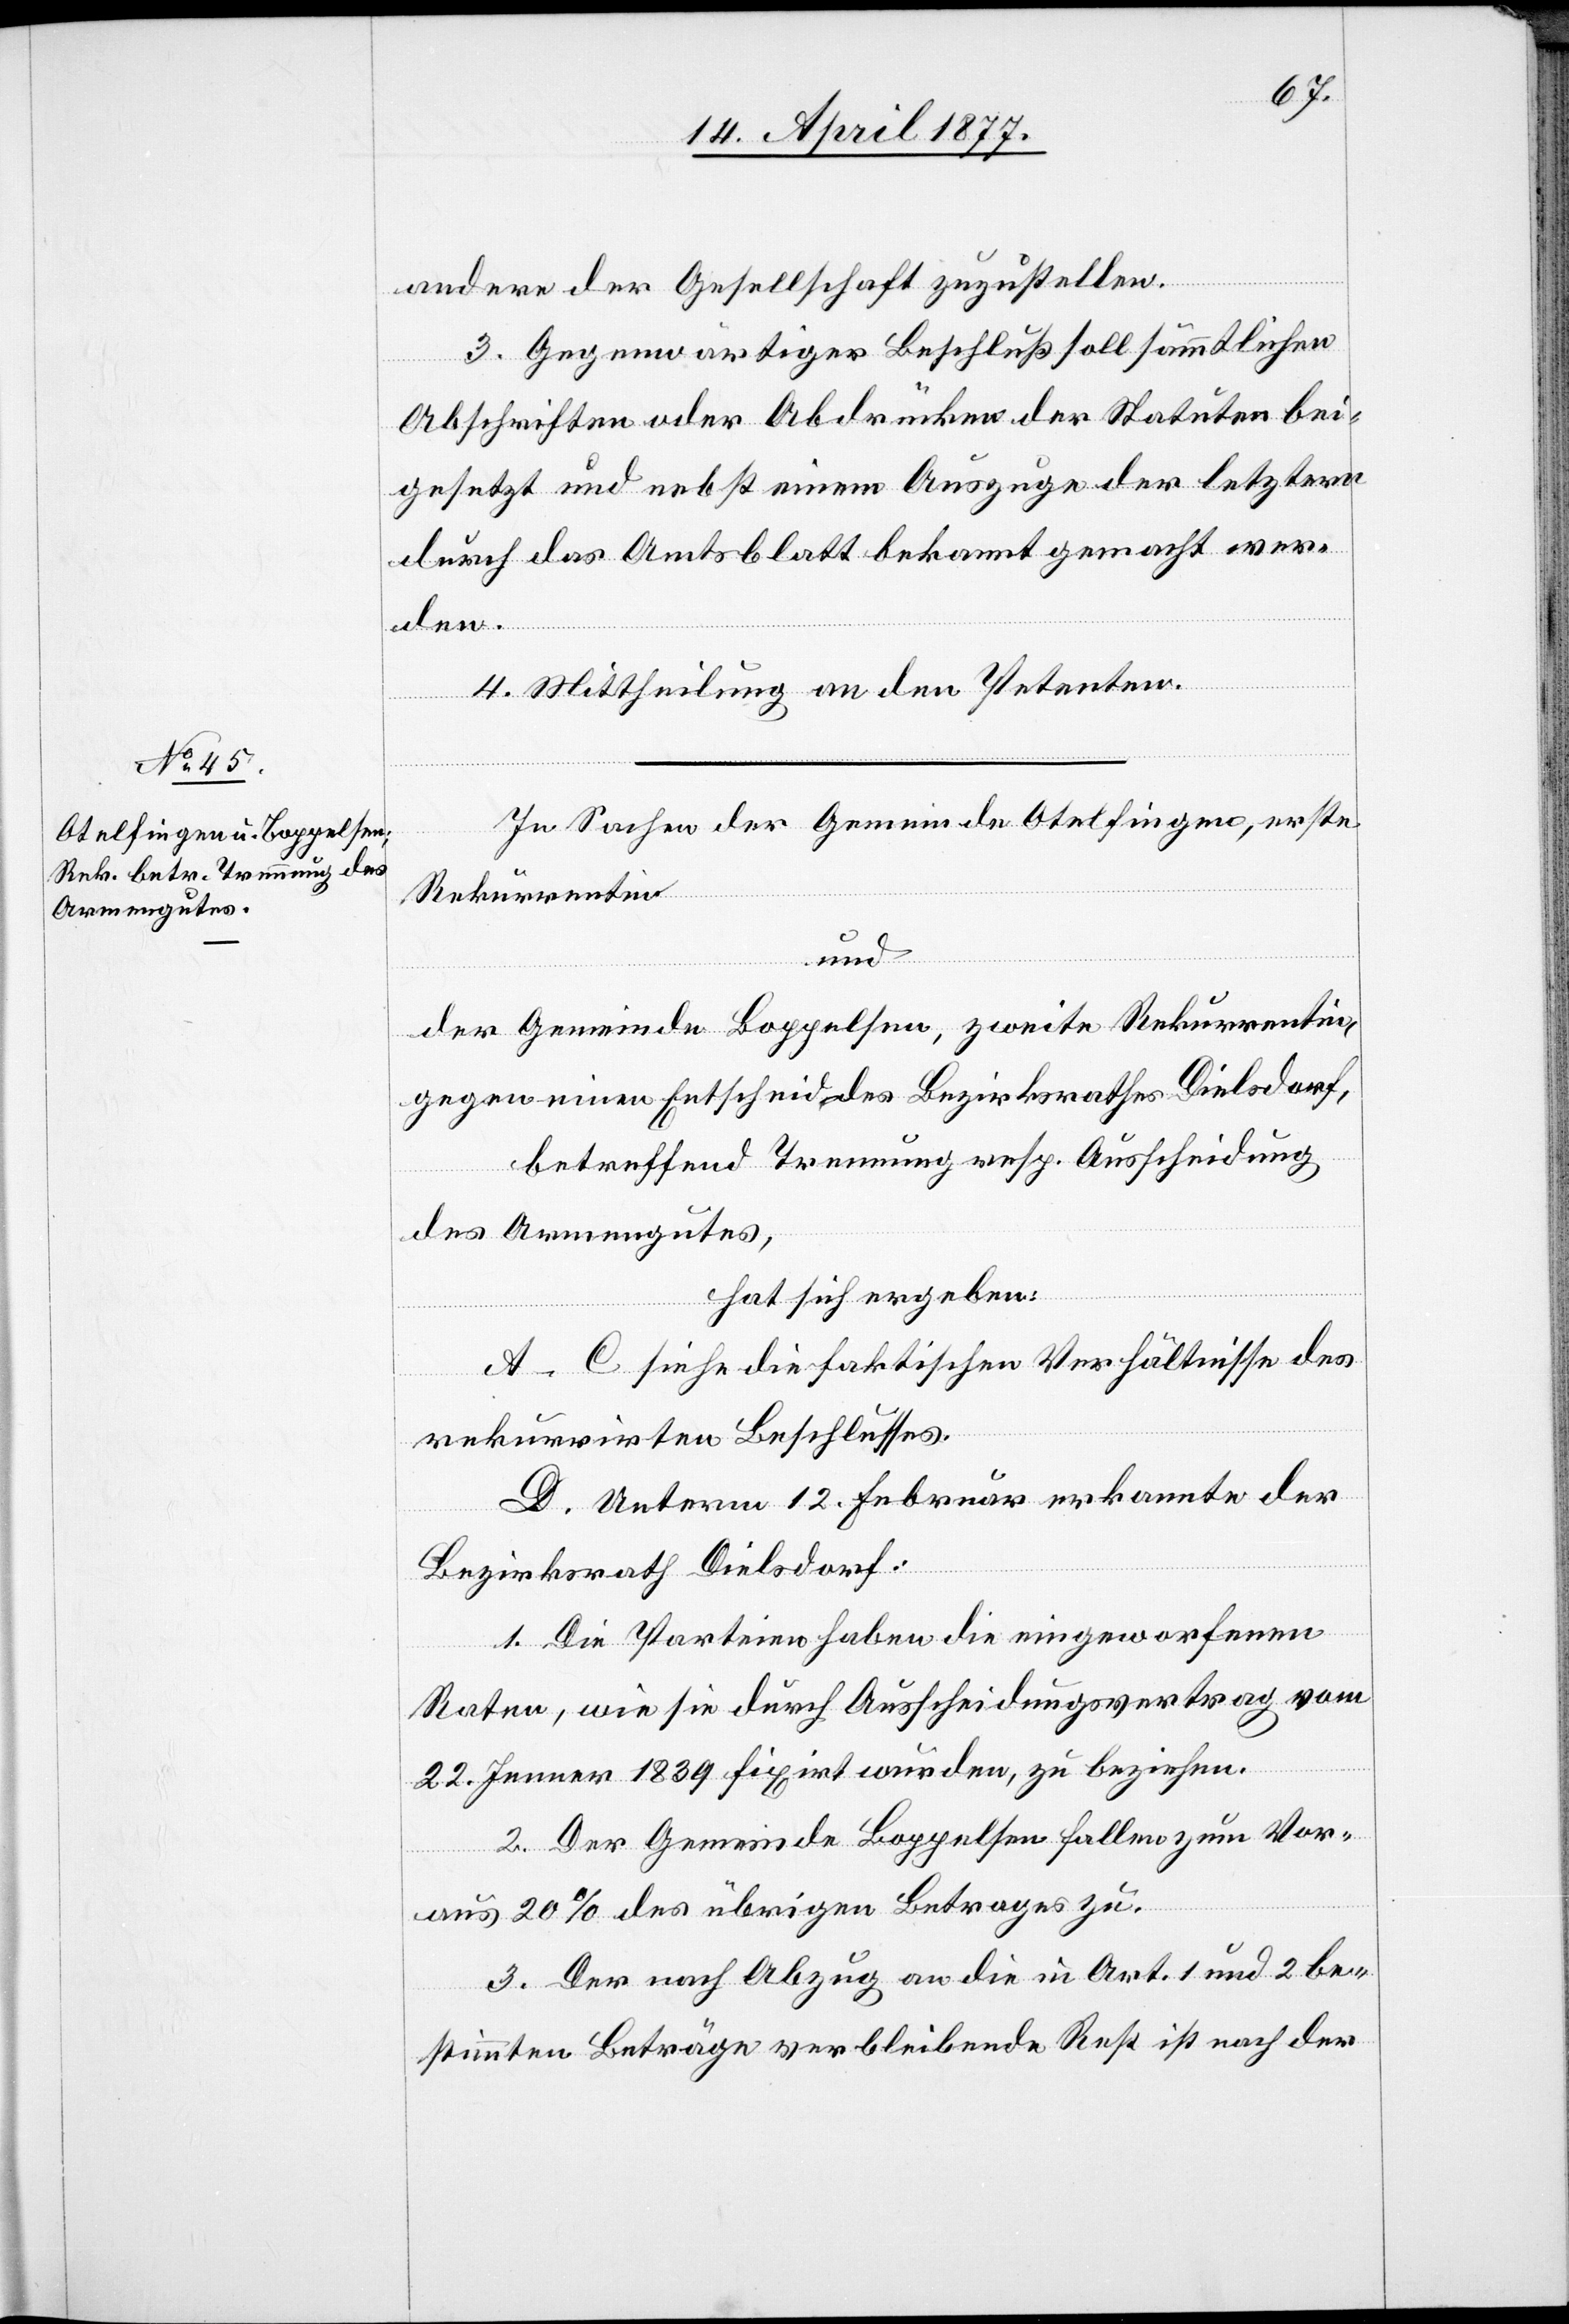
andere der Gesellschaft zuzustellen.
3. Gegenwärtiger Beschluß soll sämmtlichen
Abschriften oder Abdrücken der Statuten bei¬
gesetzt und nebst einem Auszuge der letztern
durch das Amtsblatt bekannt gemacht wer¬
den.
4. Mittheilung an den Petenten.
In Sachen der Gemeinde Otelfingen, erste
Rekurrentin
und
der Gemeinde Boppelsen, zweite Rekurrentin,
gegen einen Entscheid des Bezirksrathes Dielsdorf,
betreffend Trennung resp. Ausscheidung
des Armengutes,
hat sich ergeben:
A–C siehe die faktischen Verhältnisse des
rekurrirten Beschlusses.
D. Unterm 12. Februar erkannte der
Bezirksrath Dielsdorf:
1. Die Parteien haben die eingeworfenen
Raten, wie sie durch Ausscheidungsvertrag vom
22. Jenner 1839 fixirt wurden, zu beziehen.
2. Der Gemeinde Boppelsen fallen zum Vor¬
aus 20% des übrigen Betrages zu.
3. Der nach Abzug an die in Art. 1 und 2 be¬
stimmten Beträge verbleibende Rest ist nach der